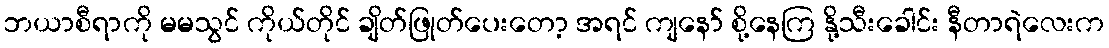
ဘယာစီရာကို မမသွင် ကိုယ်တိုင် ချိတ်ဖြုတ်ပေးတော့ အရင် ကျနော် စို့နေကြ နို့သီးခေါင်း နီတာရဲလေးက